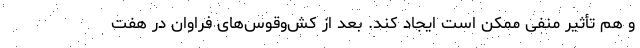
و هم تأثیر منفی ممکن است ایجاد کند. بعد از کش‌وقوس‌های فراوان در هفت